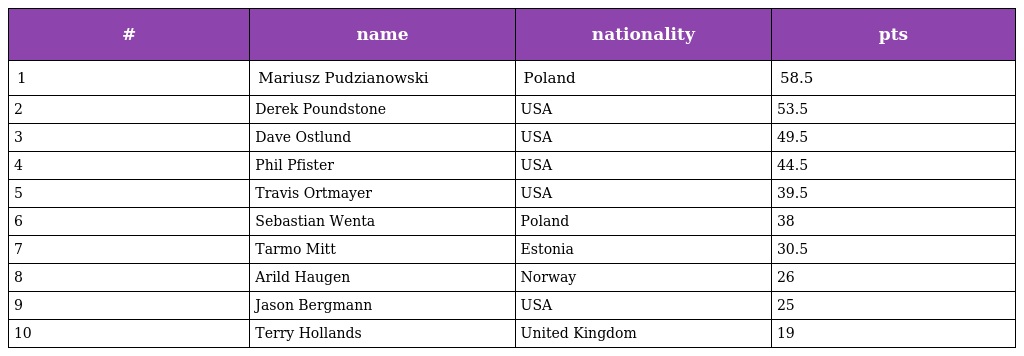
| # | name | nationality | pts |
 | --- | --- | --- | --- |
 | 1 | Mariusz Pudzianowski | Poland | 58.5 |
 | 2 | Derek Poundstone | USA | 53.5 |
 | 3 | Dave Ostlund | USA | 49.5 |
 | 4 | Phil Pfister | USA | 44.5 |
 | 5 | Travis Ortmayer | USA | 39.5 |
 | 6 | Sebastian Wenta | Poland | 38 |
 | 7 | Tarmo Mitt | Estonia | 30.5 |
 | 8 | Arild Haugen | Norway | 26 |
 | 9 | Jason Bergmann | USA | 25 |
 | 10 | Terry Hollands | United Kingdom | 19 |